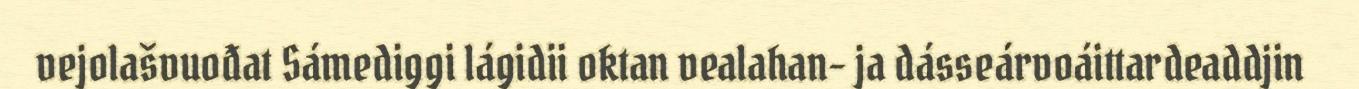
vejolašvuođat Sámediggi lágidii oktan vealahan- ja dásseárvoáittardeaddjin